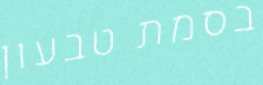
בסמת טבעון